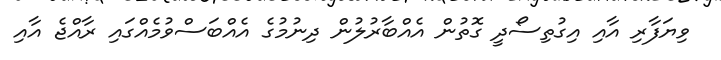
ވިޔަފާރި އާއި އިގުތިސޯދީ ގޮތުން އެއްބާރުލުން ދިނުމުގެ އެއްބަސްވުމެއްގައި ރާއްޖެ އާއި